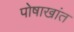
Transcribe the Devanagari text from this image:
पोषाखांत